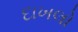
દાખલો